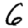
Digit: 6